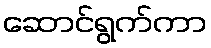
ဆောင်ရွက်ကာ